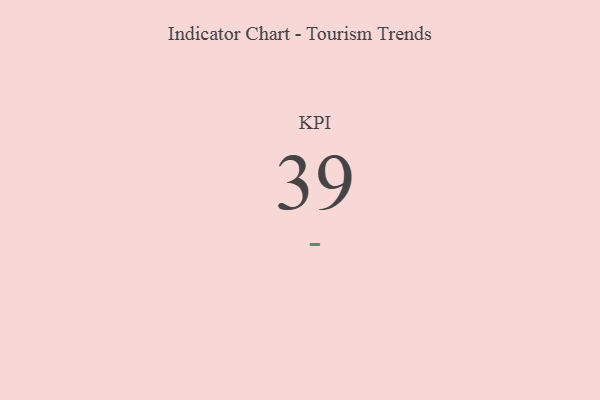
{"axis": {"x": "KPI", "y": "Value"}, "legend": [""], "data": [{"x": "KPI", "y": 39, "type": ""}]}